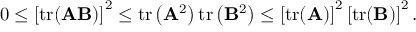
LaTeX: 0 \leq \left[ \operatorname { t r } ( \mathbf { A } \mathbf { B } ) \right] ^ { 2 } \leq \operatorname { t r } \left( \mathbf { A } ^ { 2 } \right) \operatorname { t r } \left( \mathbf { B } ^ { 2 } \right) \leq \left[ \operatorname { t r } ( \mathbf { A } ) \right] ^ { 2 } \left[ \operatorname { t r } ( \mathbf { B } ) \right] ^ { 2 } .